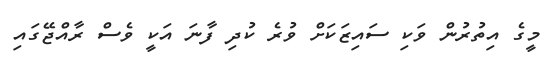
މީގެ އިތުރުން ވަކި ސައިޒަކަށް ވުރެ ކުދި ފާނަ އަކީ ވެސް ރާއްޖޭގައި